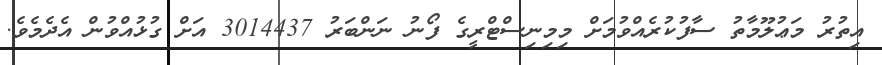
އިތުރު މަޢުލޫމާތު ސާފުކުރެއްވުމަށް މިމިނިސްޓްރީގެ ފޯނު ނަންބަރު 3014437 އަށް ގުޅުއްވުން އެދެމެވެ.